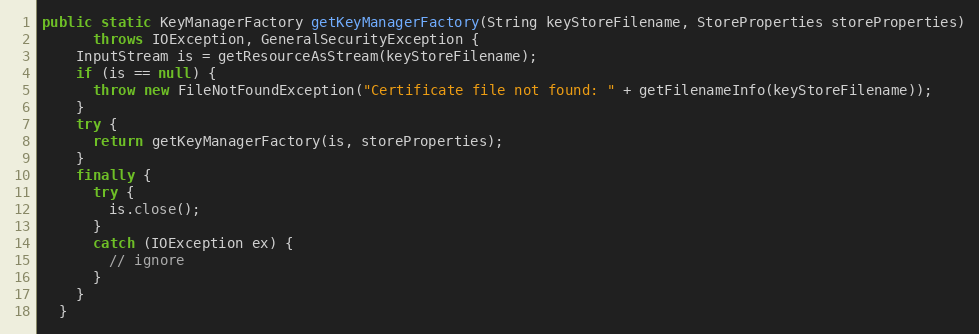
Language: Java
public static KeyManagerFactory getKeyManagerFactory(String keyStoreFilename, StoreProperties storeProperties)
      throws IOException, GeneralSecurityException {
    InputStream is = getResourceAsStream(keyStoreFilename);
    if (is == null) {
      throw new FileNotFoundException("Certificate file not found: " + getFilenameInfo(keyStoreFilename));
    }
    try {
      return getKeyManagerFactory(is, storeProperties);
    }
    finally {
      try {
        is.close();
      }
      catch (IOException ex) {
        // ignore
      }
    }
  }